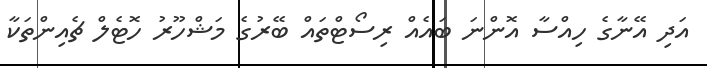
އަދި އޭނާގެ ހިއްސާ އޮންނަ ބައެއް ރިސޯޓްތައް ބޭރުގެ މަޝްހޫރު ހޮޓެލް ޗެއިންތަކާ